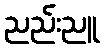
ညည်းညူ